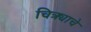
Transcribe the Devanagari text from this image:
चित्र्याचे